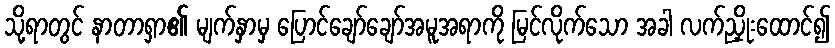
သို့ရာတွင် နာတာရှာ၏ မျက်နှာမှ ပြောင်ချော်ချော်အမူအရာကို မြင်လိုက်သော အခါ လက်ညှိုးထောင်၍